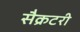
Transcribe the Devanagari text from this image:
सैक्रटरी